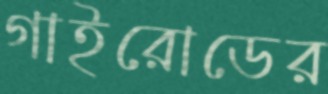
গাইরোডের